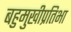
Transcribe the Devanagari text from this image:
बहुमुखीप्रतिभा